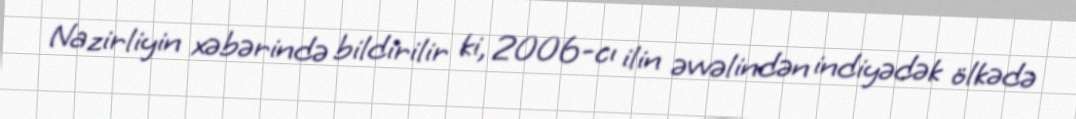
Nazirliyin xəbərində bildirilir ki, 2006-cı ilin əvvəlindən indiyədək ölkədə